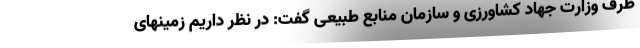
طرف وزارت جهاد کشاورزی و سازمان منابع طبیعی گفت: در نظر داریم زمینهای